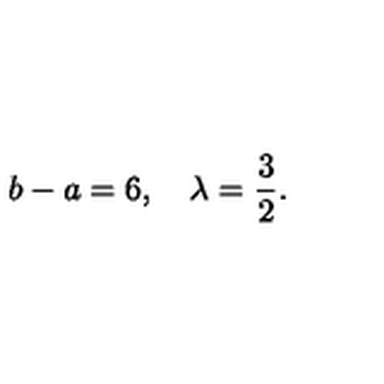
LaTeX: b - a = 6 , \quad \lambda = \frac { 3 } { 2 } .